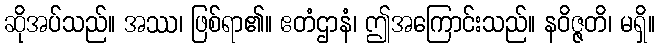
ဆိုအပ်သည်။ အဿ၊ ဖြစ်ရာ၏။ ဧတံဌာနံ၊ ဤအကြောင်းသည်။ နဝိဇ္ဇတိ၊ မရှိ။